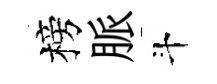
榜脈斗